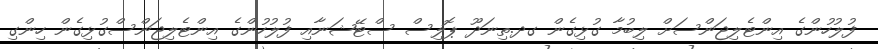
ފުލުހުންގެ އިންޓެލިޖަންސަށް ލިބުމާ ގުޅިގެން ގދ.ތިނަދޫ ޕޮލިސް ސްޓޭޝަނާއި ފުލުހުންގެ އިންޓެލިޖަންސްގުޅިގެން ހިންގި